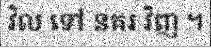
វិល ទៅ នគរ វិញ ។